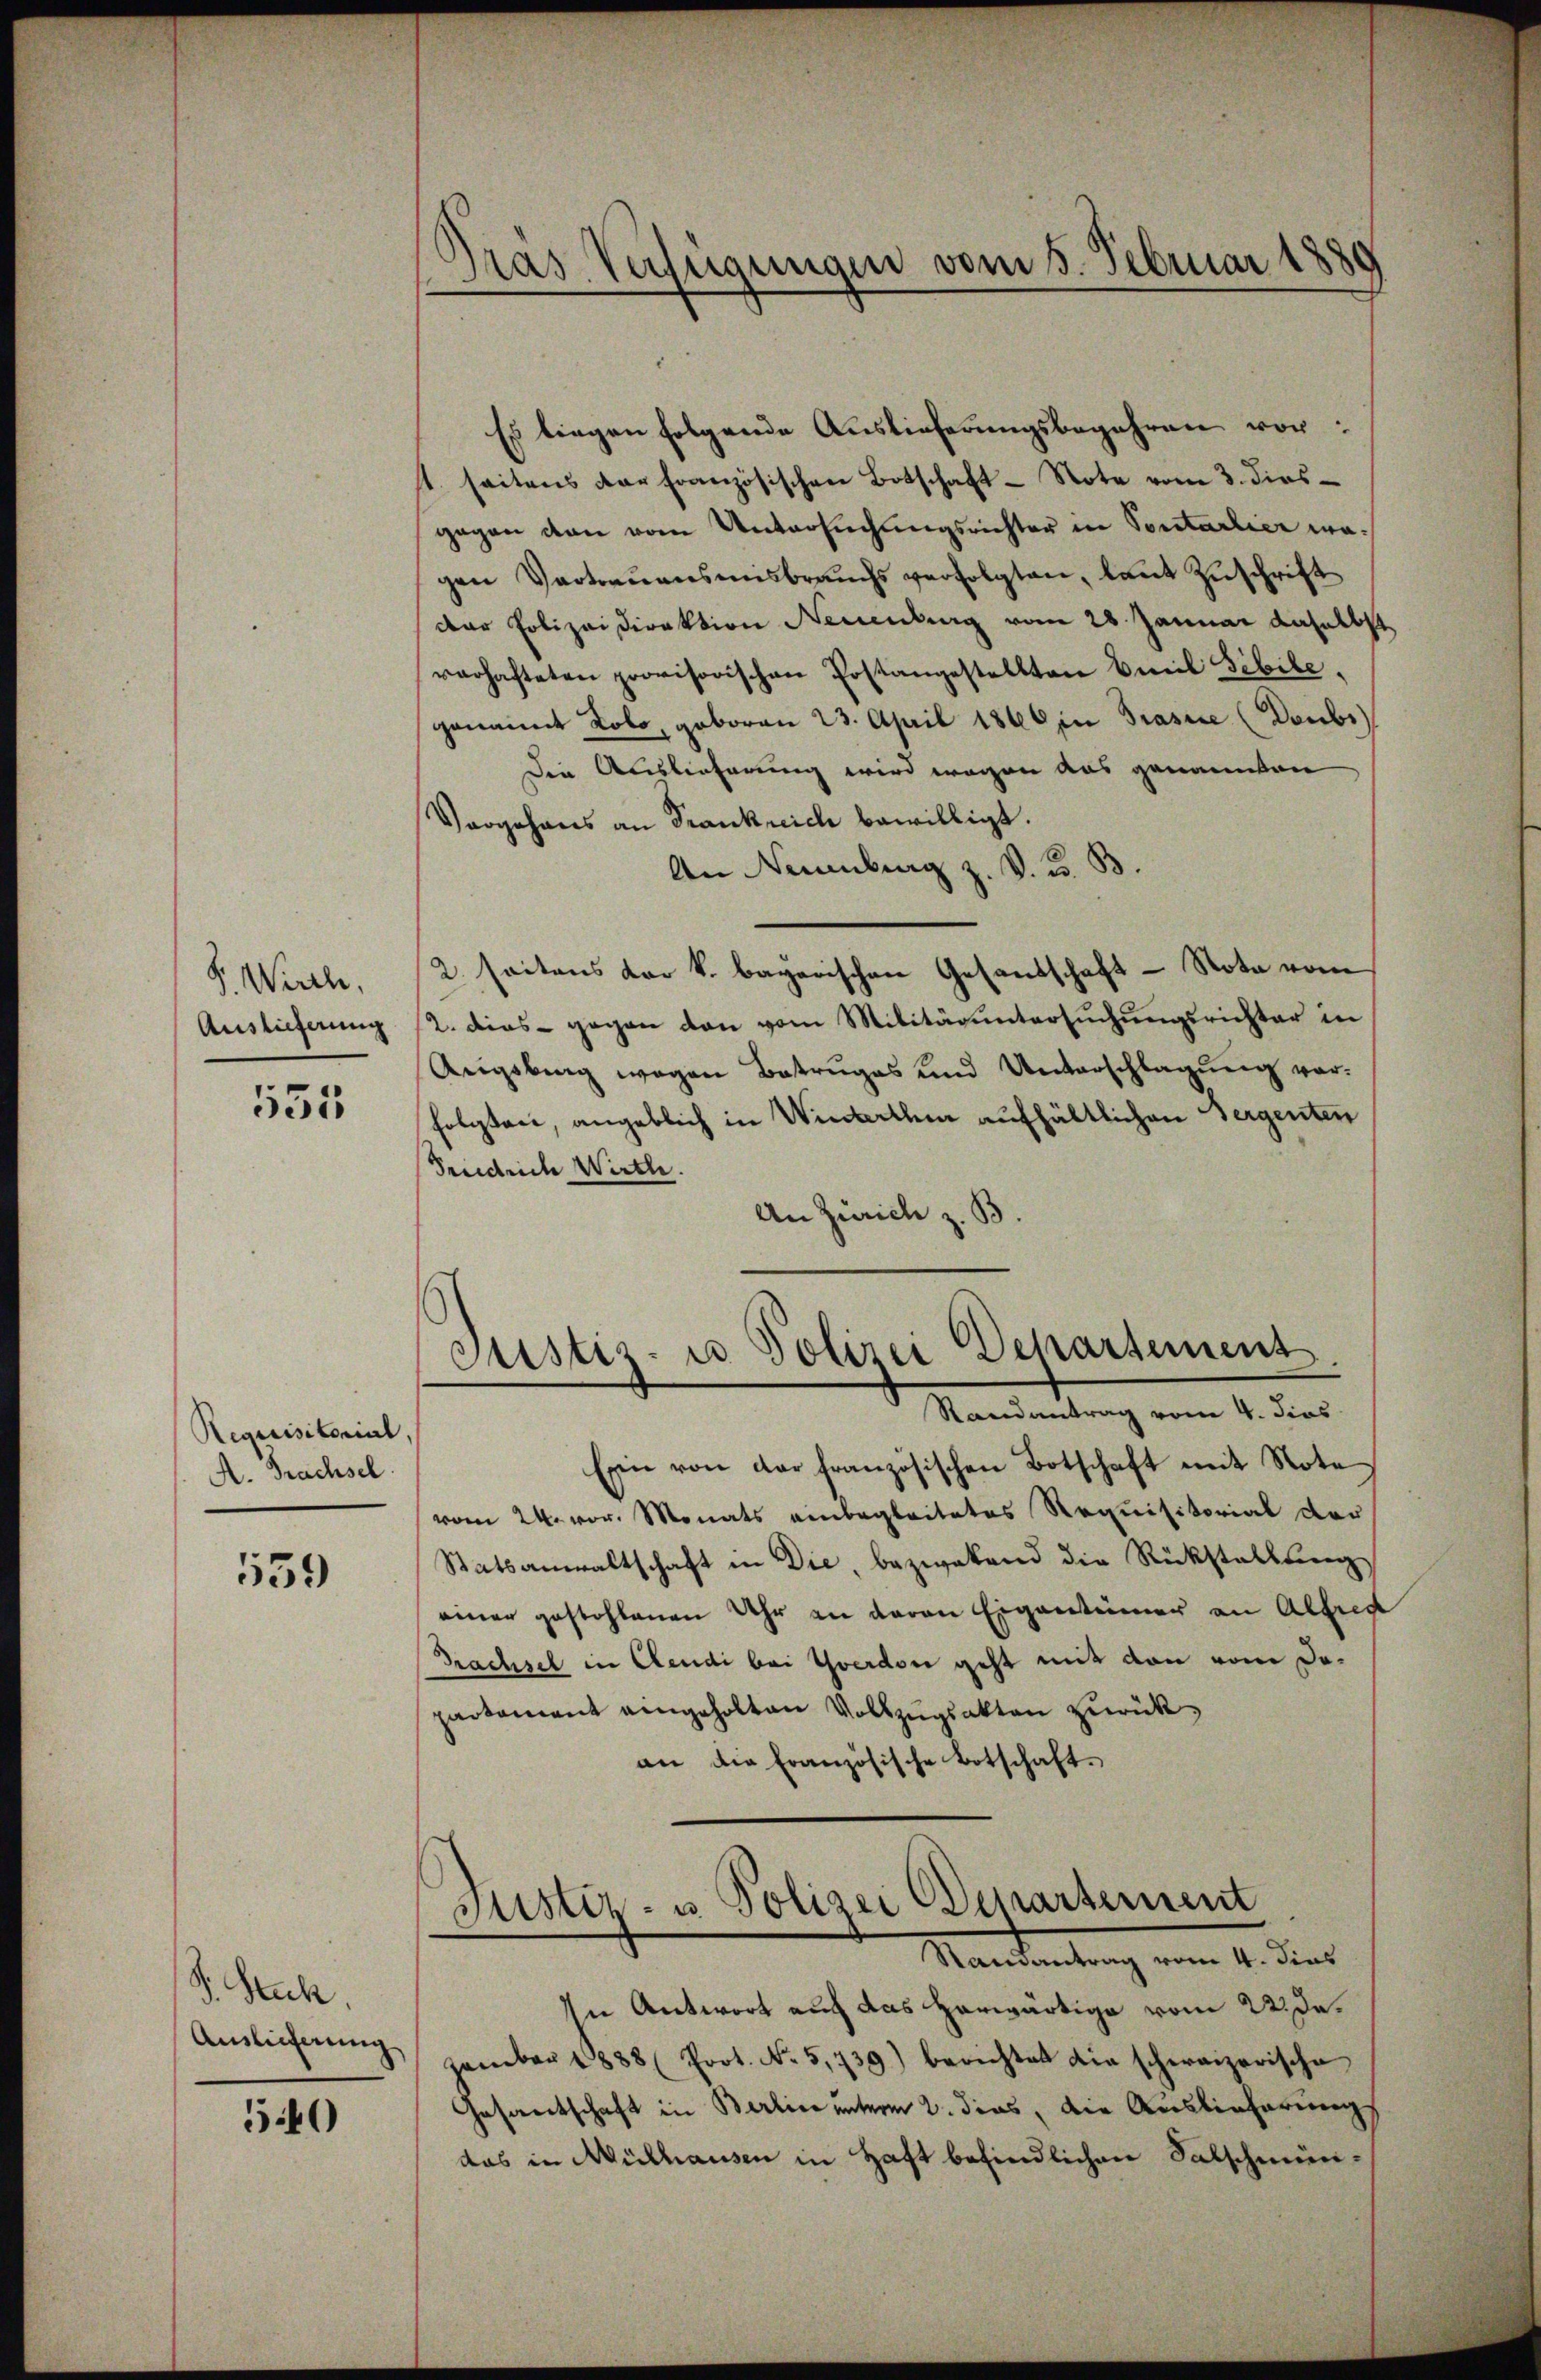
P. Wirth,
Auslieferung

555

Requisitorial.
A. Brachsel.

559

S. Stuck
Auslieferung

540

Pras Verfügungen vom 5. Februar 1880

Es liegen folgende Auslieferungsbegehren vor:
" seitens der französischen Botschaft - Note vom 3. dies
gegen von vom Untersuchungsrichter in Sontarlier wagen Vertrauensensbrauchs verfolgten, laut Zuschrift
Der Polizeidirektion Neuenburg vom 28. Januar daselbst
rarhafteten provisorischen Postangestellten Emil Sibile,
genannt Lolo, geboren 23. April 1860 in Prasie (Doubr
Die Auslieferung wird wegen aus genannten
Vorgehens an Frankreich bewilligt.
An Neuenburg z. V. u. B.
2. seitens der k. bayerischen Gesandschaft - Nota vom
2. dies gegen dan vom Militär untersuchungsrichter in
Aeigsberg wegen Betruges und Unterschlagung vorfolgten, angeblich in Winterthe aufhältlichen Bergenten
Sendrich Wirth.
An Zürich z. B.
Justiz- u Polizei Departement
Randantrag vom 4. dies
Ein von der französischen Botschaft mit Note
vom 24. vor. Monats einbegleitetes Requisitorial das
Statsanwaltschaft in Die, bezwekend die Rückstellung
einer gestohlenen Uhr an daran Eigentümer an Alfred
Prachsel in Cendi bei Yverdon geht mit den vom Daparkoment eingeholten Vollzugsakten zurückan die Französische Botschaft.
Justiz- u. Polizei Departement
Randantrag vom 4. dies
In Antwort auch das herwärtige vom 22. de.
zember 1888 (Prot. No 5,739) berichtet die schweizerische
Gesantschaft in Berline unterm 2. dies, die Auslieferungs
das in Mülhausen in Haft befindlichen Salschmün¬